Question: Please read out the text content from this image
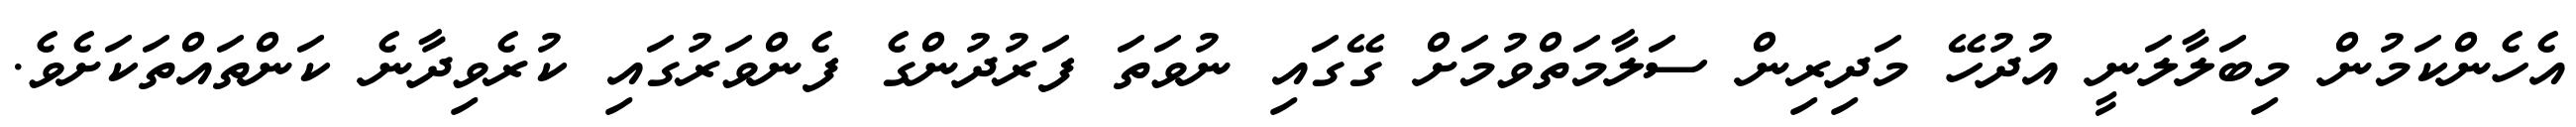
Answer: އެހެންކަމުން މިބަލާލަނީ އުދުހޭ މަދިރިން ސަލާމަތްވުމަށް ގޭގައި ނުވަތަ ފަރުދުންގެ ފެންވަރުގައި ކުރެވިދާނެ ކަންތައްތަކަށެވެ.